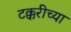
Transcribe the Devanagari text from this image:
टक्करीच्या